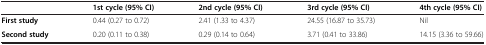
|  | 1st cycle (95% CI) | 2nd cycle (95% CI) | 3rd cycle (95% CI) | 4th cycle (95% CI) |
 | --- | --- | --- | --- | --- |
 | First study | 0.44 (0.27 to 0.72) | 2.41 (1.33 to 4.37) | 24.55 (16.87 to 35.73) | Nil |
 | Second study | 0.20 (0.11 to 0.38) | 0.29 (0.14 to 0.64) | 3.71 (0.41 to 33.86) | 14.15 (3.36 to 59.66) |